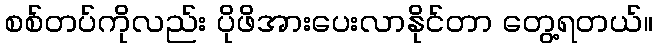
စစ်တပ်ကိုလည်း ပိုဖိအားပေးလာနိုင်တာ တွေ့ရတယ်။